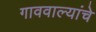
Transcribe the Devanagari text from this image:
गाववाल्यांचे